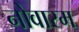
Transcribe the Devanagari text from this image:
नोवारम